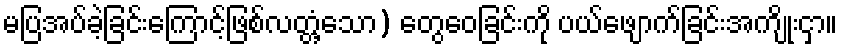
မပြအပ်ခဲ့ခြင်းကြောင့်ဖြစ်လတ္တံ့သော) တွေဝေခြင်းကို ပယ်ဖျောက်ခြင်းအကျိုးငှာ။